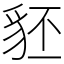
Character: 豾